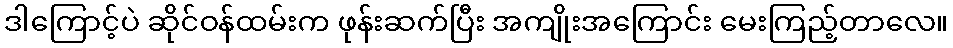
ဒါကြောင့်ပဲ ဆိုင်ဝန်ထမ်းက ဖုန်းဆက်ပြီး အကျိုးအကြောင်း မေးကြည့်တာလေ။